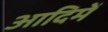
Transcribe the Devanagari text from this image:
आदिमें